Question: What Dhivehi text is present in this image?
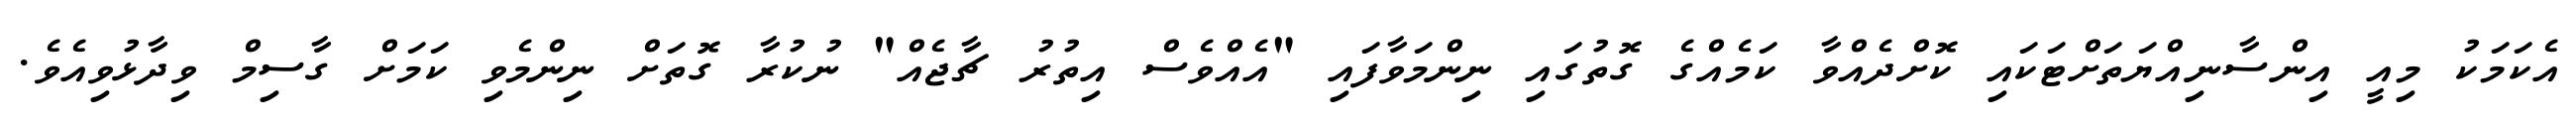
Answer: އެކަމަކު މިއީ އިންސާނިއްޔަތަށްޓަކައި ކޮށްދެއްވާ ކަމެއްގެ ގޮތުގައި ނިންމަވާފައި "އެއްވެސް އިތުރު ޗާޖެއް" ނުކުރާ ގޮތަށް ނިންމެވި ކަމަށް ގާސިމް ވިދާޅުވިއެވެ.